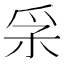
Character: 𤓽